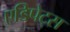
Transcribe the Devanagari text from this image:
एडिपेट्स